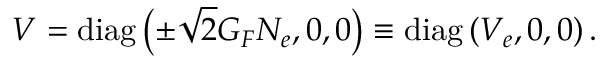
V = \mathrm { d i a g } \left( \pm \sqrt { 2 } G _ { F } N _ { e } , 0 , 0 \right) \equiv \mathrm { d i a g } \left( V _ { e } , 0 , 0 \right) .